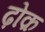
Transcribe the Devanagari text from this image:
ढ़ोक़